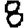
Digit: 8